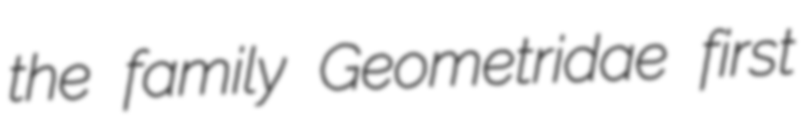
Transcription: the family Geometridae first